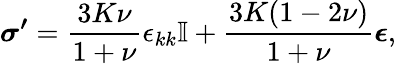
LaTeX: \boldsymbol{\sigma^{\prime}}=\frac{3K\nu}{1+\nu}\epsilon_{kk}\boldsymbol{\mathbb{I}}+\frac{3K(1-2\nu)}{1+\nu}\boldsymbol{\epsilon},